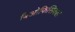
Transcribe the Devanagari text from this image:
बिओफिसिकल